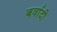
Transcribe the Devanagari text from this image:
बर्वादी